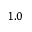
1 . 0